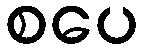
စပေ